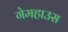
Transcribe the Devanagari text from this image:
गेमहाउस